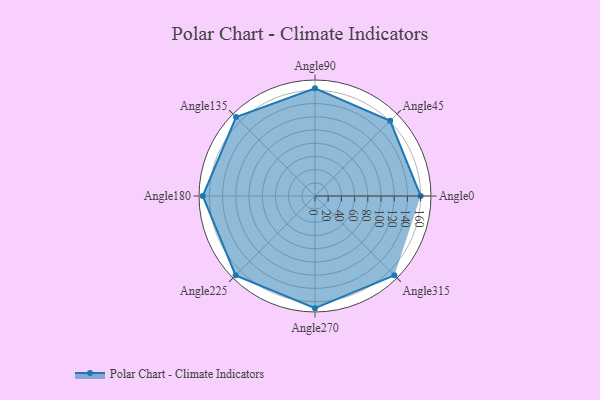
{"axis": {"x": "Angle", "y": "Radius"}, "legend": [""], "data": [{"x": "Angle0", "y": 160.0, "type": ""}, {"x": "Angle45", "y": 161.0, "type": ""}, {"x": "Angle90", "y": 163.0, "type": ""}, {"x": "Angle135", "y": 169.0, "type": ""}, {"x": "Angle180", "y": 170.0, "type": ""}, {"x": "Angle225", "y": 170, "type": ""}, {"x": "Angle270", "y": 170, "type": ""}, {"x": "Angle315", "y": 170, "type": ""}]}